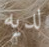
لديه